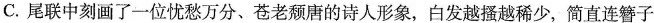
C. 尾联中刻画了一位忧愁万分、苍老颓唐的诗人形象，白发越搔越稀少，简直连簪子